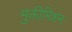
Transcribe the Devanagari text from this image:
मुक्तीमिशन